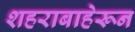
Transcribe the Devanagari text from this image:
शहराबाहेरून